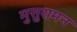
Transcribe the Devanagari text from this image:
मुत्तुरामन